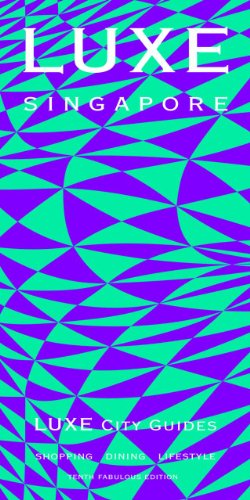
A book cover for LUXE Singapore (LUXE City Guides); LUXE City Guides; Travel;